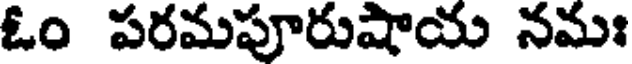
ఓం పరమపూరుషాయ నమః